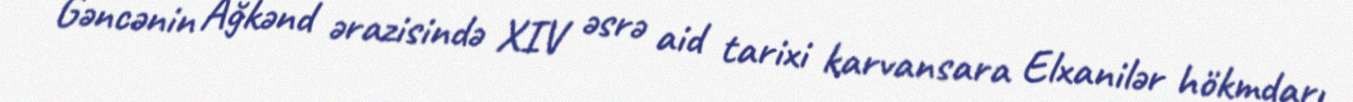
Gəncənin Ağkənd ərazisində XIV əsrə aid tarixi karvansara Elxanilər hökmdarı